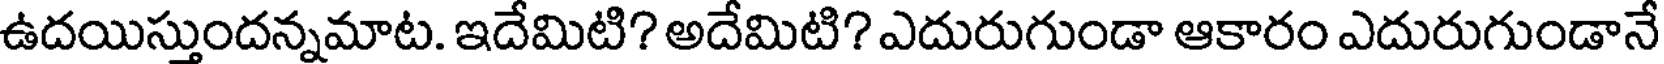
ఉదయిస్తుందన్నమాట. ఇదేమిటి? అదేమిటి? ఎదురుగుండా ఆకారం ఎదురుగుండానే